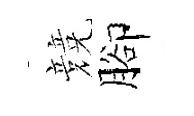
競腳